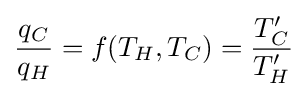
{\frac {q_{C}}{q_{H}}}=f(T_{H},T_{C})={\frac {T_{C}'}{T_{H}'}}